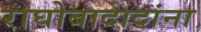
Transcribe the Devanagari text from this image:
राघोबादादांना